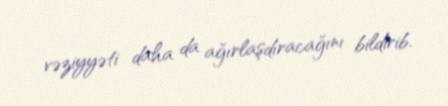
vəziyyəti daha da ağırlaşdıracağını bildirib.